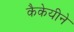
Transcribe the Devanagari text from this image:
कैकेयीने